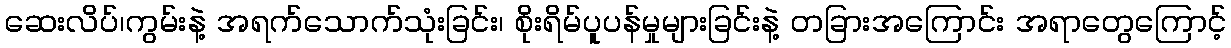
ဆေးလိပ်၊ကွမ်းနဲ့ အရက်သောက်သုံးခြင်း၊ စိုးရိမ်ပူပန်မှုများခြင်းနဲ့ တခြားအကြောင်း အရာတွေကြောင့်